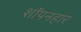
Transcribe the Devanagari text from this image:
शॉपनहार